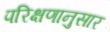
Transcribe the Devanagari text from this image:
परिक्षणानुसार